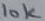
Text: 10K